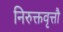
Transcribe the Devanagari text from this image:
निरुक्तवृत्तौ